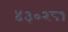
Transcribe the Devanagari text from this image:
४३०२८१